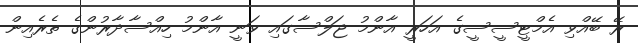
ރޭ ބޭއްވި އެމްޓީސީސީގެ އަހަރީ އާންމު ޖަލްސާގައި ވަނީ އާންމު ހިއްސާދާރުންގެ ތެރެއިން